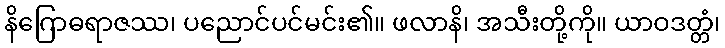
နိဂြောဓရာဇဿ၊ ပညောင်ပင်မင်း၏။ ဖလာနိ၊ အသီးတို့ကို။ ယာဝဒတ္တံ၊